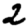
Digit: 2